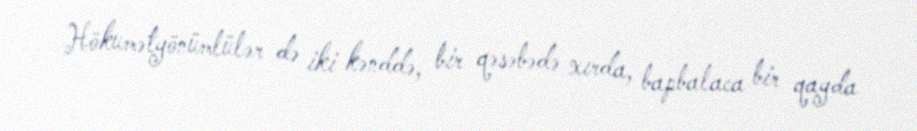
Hökumətyönümlülər də iki kənddə, bir qəsəbədə xırda, bapbalaca bir qayda